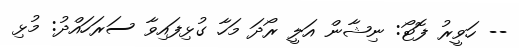
-- ހަވީރު ފޮޓޯ: ނިޝާން އަލީ ރޯދަ މަހާ ގުޅިފައިވާ ސަރަހައްދު: މުޅި